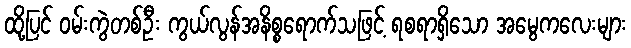
ထို့ပြင် ဝမ်းကွဲတစ်ဦး ကွယ်လွန်အနိစ္စရောက်သဖြင့် ရစရာရှိသော အမွေကလေးများ